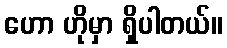
ဟော ဟိုမှာ ရှိပါတယ်။